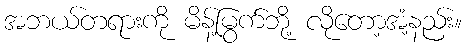
အဘယ်တရားကို မိန့်မြွက်ဘို့ လိုတော့အံ့နည်း။